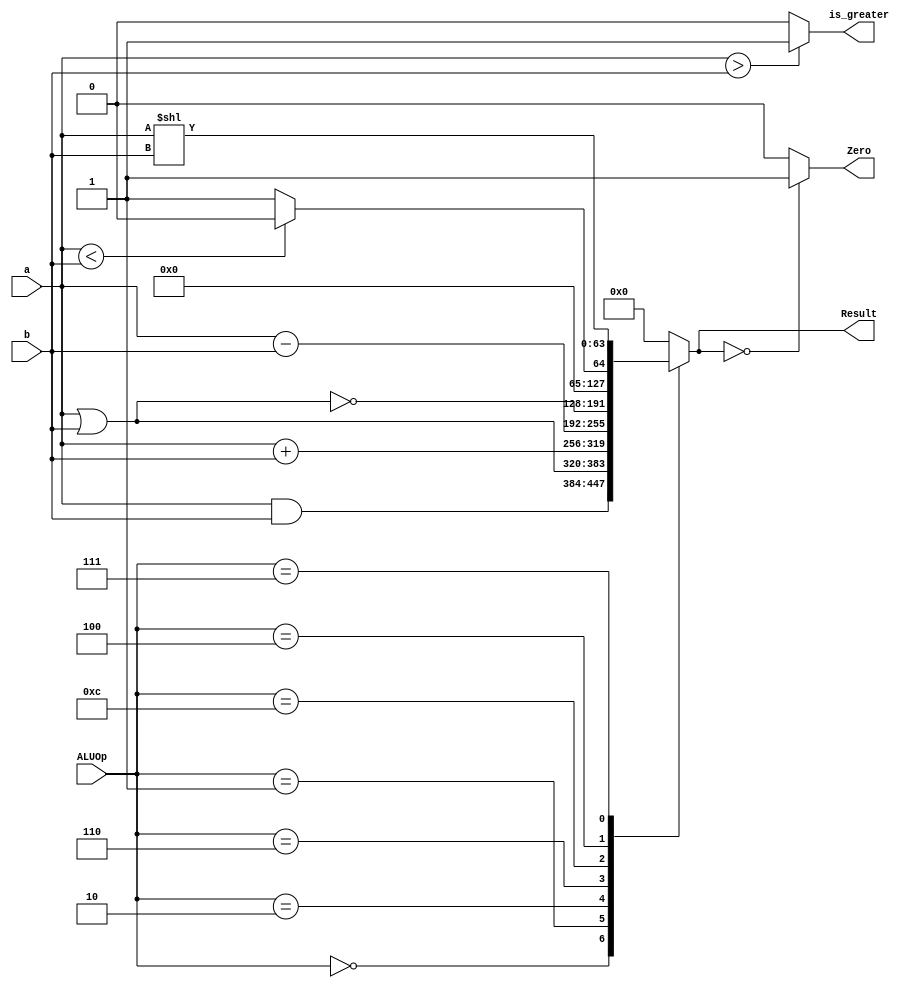
`timescale 1ns / 1ps
//////////////////////////////////////////////////////////////////////////////////
// Company: 
// Engineer: 
// 
// Design Name: 
// Module Name: alu_64
// Project Name: 
// Target Devices: 
// Tool Versions: 
// Description: 
// 
// Dependencies: 
// 
// Revision:
// Revision 0.01 - File Created
// Additional Comments:
// 
//////////////////////////////////////////////////////////////////////////////////


module alu_64
(
    input [63:0] a, b,
    input [3:0] ALUOp,
    output reg [63:0] Result,
    output reg Zero,
    output reg is_greater
);
    localparam [3:0]
    AND = 4'b0000, // availibility of operands in the ALU
    OR	= 4'b0001,
    ADD	= 4'b0010,
    Sub	= 4'b0110,
    NOR = 4'b1100,
    Lesser=4'b0100,
    LeftShift=4'b0111;
    
    always @ (ALUOp, a, b) // put forward the output whenever aluop or the 2 inputs change
    begin
        case (ALUOp)
            AND: Result = a & b;
            OR:	 Result = a | b;
            ADD: Result = a + b;
            Sub: Result = a - b;
            NOR: Result = ~(a | b);
            Lesser: Result = ( a < b)? 0: 1;
            LeftShift: Result = a << b;
            default: Result = 0; // result will be zero if there is an invalid operand
        endcase
         // if result is zero, Zeero signal will be high for other uses
        Zero = (Result == 64'd0) ? 1'b1 : 1'b0;

        // Check if a is greater than b and update the extra signal
        is_greater = (a > b) ? 1'b1 : 1'b0;
    end
    
endmodule